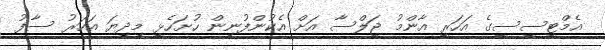
އެމްޓީސީސީގެ އަހަރީ އާންމު ޖަލްސާ އަށް އެކުންފުނިން ހުށަހެޅީ މިދިޔަ އަހަރު ސާފު